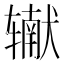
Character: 𰺠